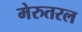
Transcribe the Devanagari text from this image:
मेरुतरल